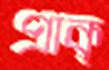
প্রাক্